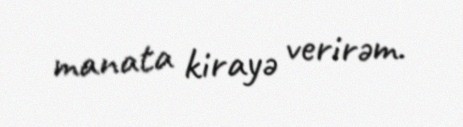
manata kirayə verirəm.